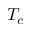
T _ { c }